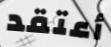
أعتقد